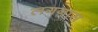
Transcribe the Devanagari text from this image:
लगनास